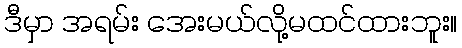
ဒီမှာ အရမ်း အေးမယ်လို့မထင်ထားဘူး။